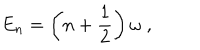
E _ { n } = \left( n + \frac { 1 } { 2 } \right) \omega \; ,